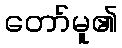
တော်မူ၏